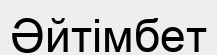
Әйтімбет